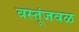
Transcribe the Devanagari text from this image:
वस्तूंजवळ